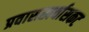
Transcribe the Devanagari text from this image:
प्रवासखर्चासकट